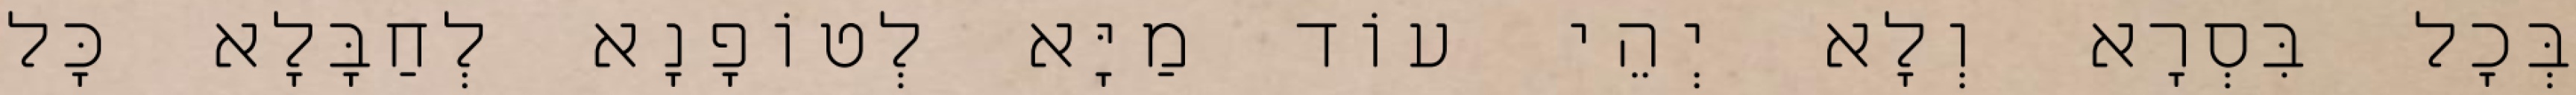
בְּכָל בִּסְרָא וְלָא יְהֵי עוֹד מַיָּא לְטוֹפָנָא לְחַבָּלָא כָּל